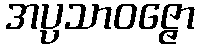
အပ္ပသာဝဇ္ဇော